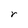
Character: r